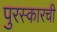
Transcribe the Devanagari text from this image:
पुरस्कारची